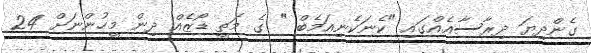
ގެންދިޔަ ދިރާސާއެއްގައި "ކެނަކެނިއަމެބް " ގެ މަތީ ޑޯޒެއް ދިން މީހުންނަށް 24